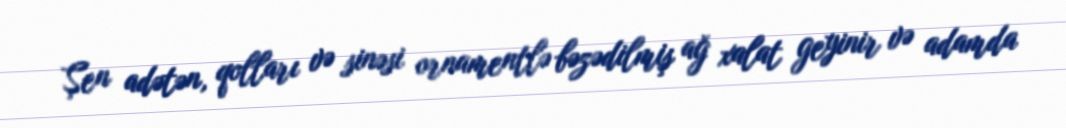
Şen adətən, qolları və sinəsi ornamentlə bəzədilmiş ağ xalat geyinir və adamda